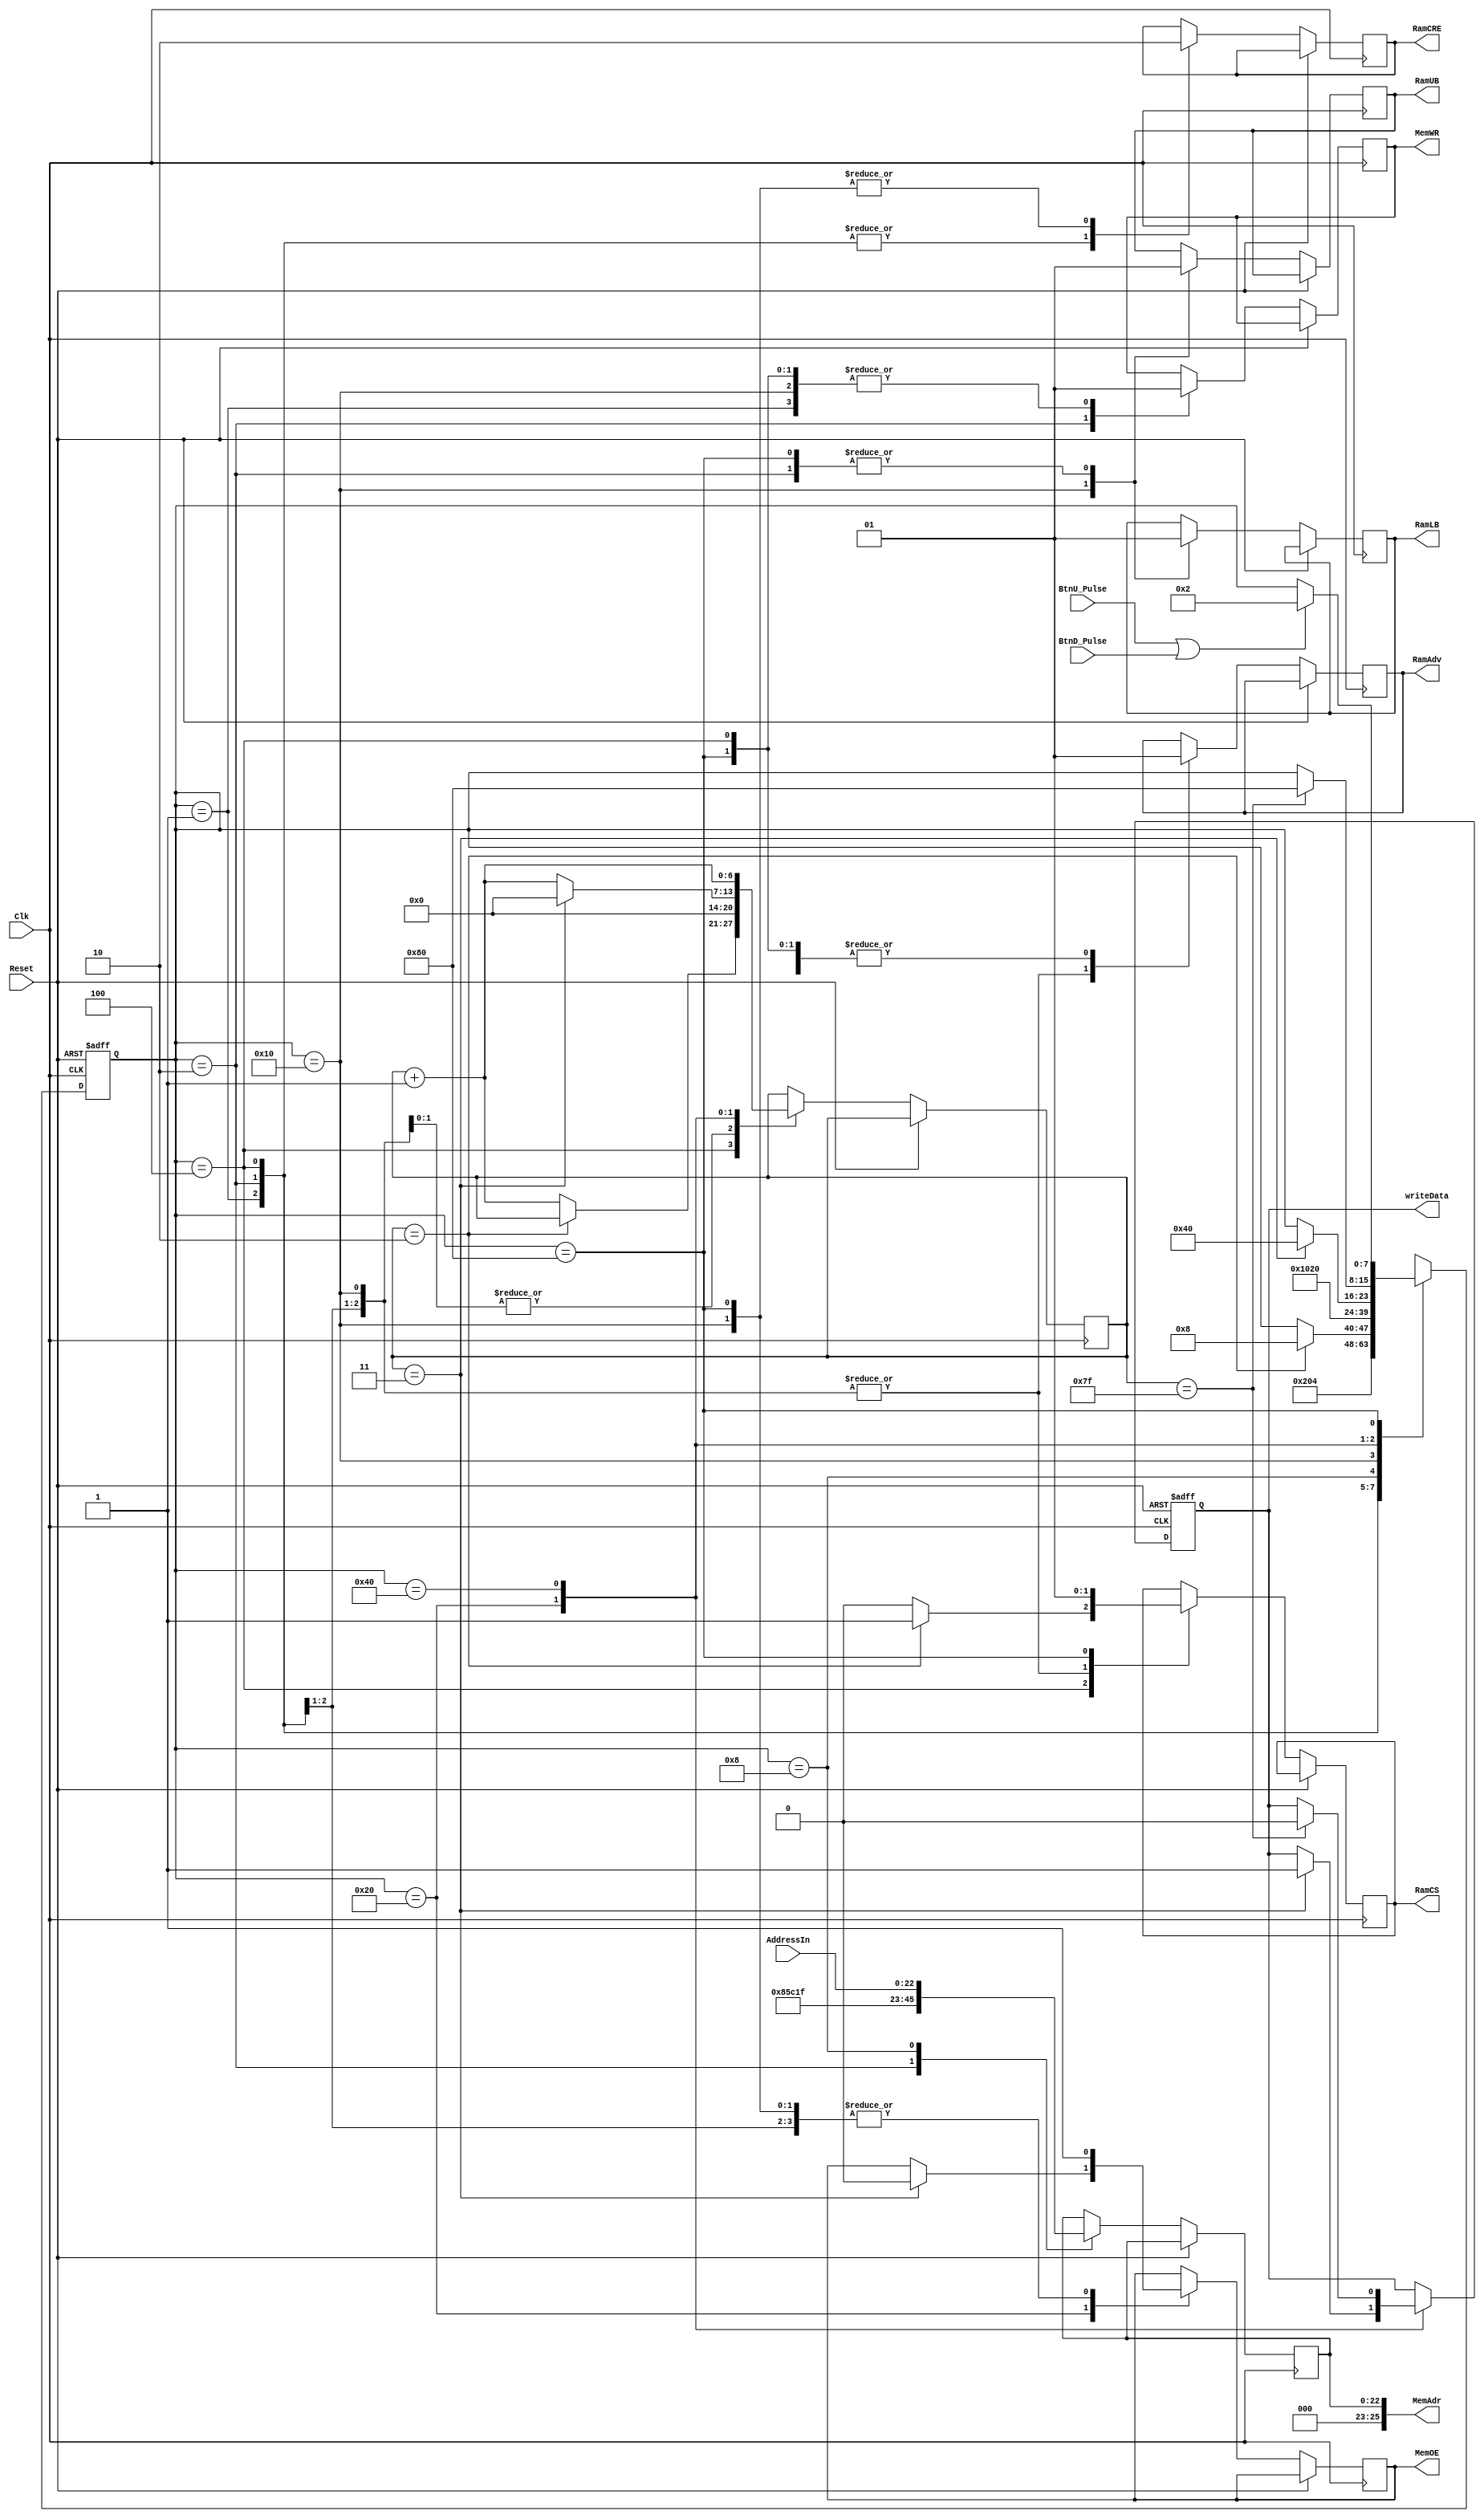
module MemoryCtrl(Clk, Reset, MemAdr, MemOE, MemWR,
		RamCS, RamUB, RamLB, RamAdv, RamCRE, writeData, AddressIn,
		BtnU_Pulse, BtnD_Pulse
    );
	input Clk, Reset, BtnU_Pulse, BtnD_Pulse;
	input [22:0] AddressIn;
	output MemOE, MemWR, RamCS, RamUB, RamLB, RamAdv, RamCRE;
	output [26:1] MemAdr;
	output writeData;
	reg _MemOE, _MemWR, _RamCS, _RamUB, _RamLB, _RamAdv, _RamCRE;
	reg [22:0] address = 23'b000_10_00_0_1_011_1_0_0_0_0_01_1_111;
	reg [7:0] state;
	reg [6:0] clock_counter;
	reg writeData;
	assign MemAdr = {4'b0, address};
	assign MemOE = _MemOE;
	assign MemWR = _MemWR;
	assign RamCS = _RamCS;
	assign RamUB = _RamUB;
	assign RamLB = _RamLB;
	assign RamAdv = _RamAdv;
	assign RamCRE = _RamCRE;
localparam
	INITIAL_CONFIG =  8'b00000001,
	CONFIGMEM = 		8'b00000010,
	CONFIGMEM2 = 		8'b00000100,
	INIT = 				8'b00001000,
	PREPARE_READ = 	8'b00010000,
	WAIT = 				8'b00100000,
	READ_DATA =			8'b01000000,
	IDLE =				8'b10000000;
always @ (posedge Clk, posedge Reset)
	begin : State_Machine
		if (Reset)
		   begin
				state <= CONFIGMEM;
				writeData <= 0;
		   end
		else 
		   begin			   
				case (state)
					INITIAL_CONFIG:
						begin
							state <= CONFIGMEM;
							_MemOE <= 1;
							_RamCS <= 0;
							_MemWR <= 1;
							_RamAdv <= 0;
							_RamCRE <= 1;
						end
					CONFIGMEM:
						begin
							address <= 23'b000_10_00_0_1_011_1_0_0_0_0_01_1_111;
							_RamCRE <= 1;
							_RamAdv <= 0;
							_RamCS <= 0;
							_MemWR <= 0;
							_MemOE <= 1;
							_RamUB <= 1;
							_RamLB <= 1;
							clock_counter <= 0;
							state <= CONFIGMEM2;
						end
					CONFIGMEM2:
						begin
							_RamCRE <= 1;
							_RamAdv <= 1;
							_RamCS <= 0;
							_MemWR <= 1;
							if(clock_counter == 7'b0000010)
								begin
									state <= INIT;
									_RamCS <= 1;
								end
							else
								clock_counter <= clock_counter + 1;
						end
					INIT:
						begin
							address <= AddressIn;
							state <= PREPARE_READ;
						end
					PREPARE_READ:
						begin
							_RamCRE <= 0;
							_RamAdv <= 0;
							_RamCS <= 0;
							_MemWR <= 1;
							_MemOE <= 1;
							_RamUB <= 0;
							_RamLB <= 0;
							state <= WAIT;
							clock_counter <= 0;
						end
					WAIT:
						begin
							_RamAdv <= 1;
							if(clock_counter == 7'b0000011)
								begin
									writeData <= 1;
									_MemOE <= 0;
									state <= READ_DATA;
									clock_counter <= 0;
								end
							else
								clock_counter <= clock_counter + 1;
						end
					READ_DATA:
						begin
							clock_counter <= clock_counter + 1;
							if(clock_counter == 7'b1111111)
								begin
									state <= IDLE;
									writeData <= 0;
								end
						end
					IDLE:
						begin
							if(BtnU_Pulse || BtnD_Pulse)
								state <= CONFIGMEM;
							_RamCRE <= 0;
							_RamAdv <= 1;
							_RamCS <= 1;
							_MemWR <= 1;
							_MemOE <= 1;
							_RamUB <= 1;
							_RamLB <= 1;
						end
					default:
						state <= 8'bXXXXXXXX;
				endcase
			end
		end
endmodule